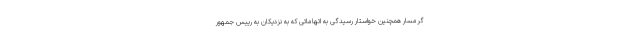
گرمسار همچنین خواستار رسیدگی به اتهاماتی که به نزدیکان به رییس جمهور